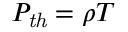
P _ { \mathit { t h } } = \rho T